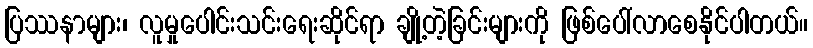
ပြဿနာများ၊ လူမှုပေါင်းသင်းရေးဆိုင်ရာ ချို့တဲ့ခြင်းများကို ဖြစ်ပေါ်လာစေနိုင်ပါတယ်။